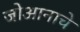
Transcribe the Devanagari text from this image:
जोआनाचे